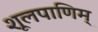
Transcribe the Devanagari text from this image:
शूलपाणिम्